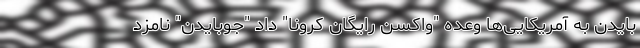
بایدن به آمریکایی‌ها وعده "واکسن رایگان کرونا" داد "جوبایدن" نامزد